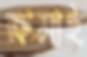
ক্ষমাই